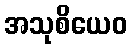
အသုစိယေဝ